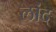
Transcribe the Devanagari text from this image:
लांद